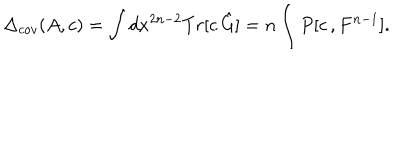
\Delta _ { c o v } ( A , c ) = \int d x ^ { 2 n - 2 } T r [ c \, \hat { G } ] = n \int P [ c \, , F ^ { n - 1 } ] .